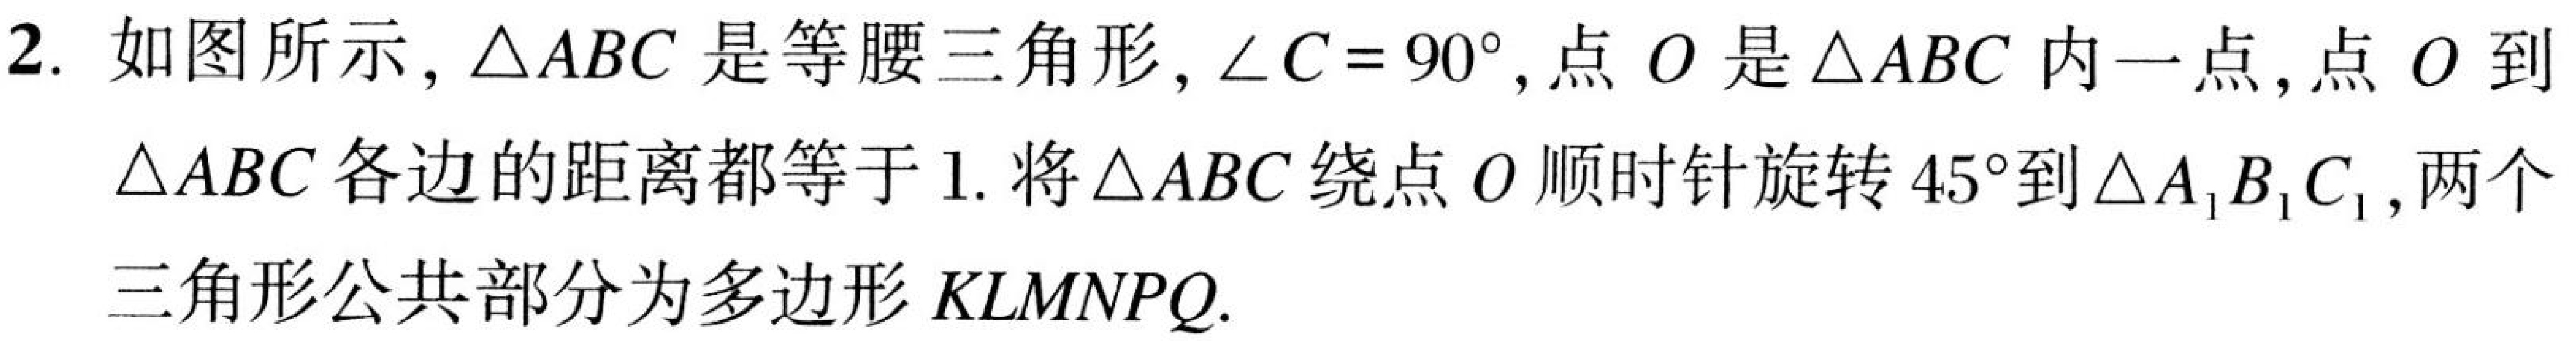
2. 如图所示，\(\triangle ABC\)是等腰三角形，\(\angle C = 90^{\circ}\)，点\(O\)是\(\triangle ABC\)内一点，点\(O\)到
\(\triangle ABC\)各边的距离都等于\(1\). 将\(\triangle ABC\)绕点\(O\)顺时针旋转\(45^{\circ}\)到\(\triangle A_{1}B_{1}C_{1}\)，两个
三角形公共部分为多边形\(KLMNPQ\).